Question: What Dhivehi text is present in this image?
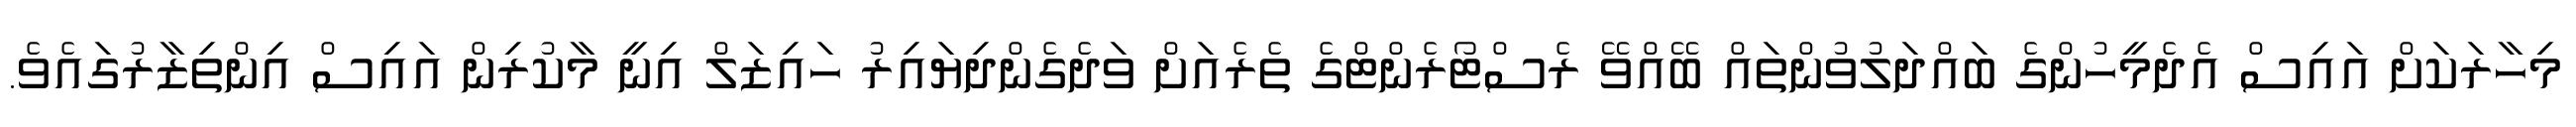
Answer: މިހާރަކަށް އައިސް އެދެމީހުންގެ ބައްދަލުވުންތައް ބޭއްވޭ ރެސްޓޯރެންޓްގެ ތެރެއަށް ވަދެގެންދިޔައިރު ހައިޒަލް އިނީ މާކުރިން އައިސް އިންތިޒާރުގައެވެ.